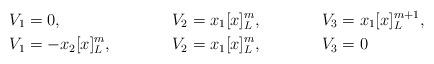
LaTeX: \begin{align*}&V_1 = 0, &&V_2=x_1[x]_L^m,&&V_3= x_1[x]_L^{m+1},\\&V_1 = -x_2[x]_L^m, &&V_2=x_1[x]_L^m,&&V_3= 0\end{align*}